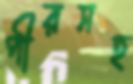
পীরসহ